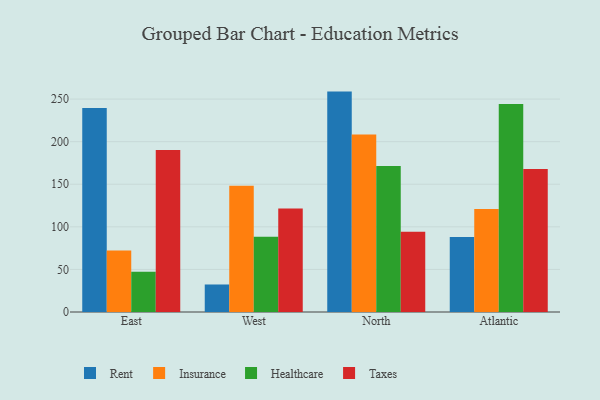
{"axis": {"x": "Region", "y": "Operating Costs (USD K)"}, "legend": ["Healthcare", "Insurance", "Rent", "Taxes"], "data": [{"x": "East", "y": 239.5, "type": "Rent"}, {"x": "East", "y": 72.3, "type": "Insurance"}, {"x": "East", "y": 47.4, "type": "Healthcare"}, {"x": "East", "y": 190.1, "type": "Taxes"}, {"x": "West", "y": 32.3, "type": "Rent"}, {"x": "West", "y": 148.1, "type": "Insurance"}, {"x": "West", "y": 88.5, "type": "Healthcare"}, {"x": "West", "y": 121.6, "type": "Taxes"}, {"x": "North", "y": 258.8, "type": "Rent"}, {"x": "North", "y": 208.5, "type": "Insurance"}, {"x": "North", "y": 171.4, "type": "Healthcare"}, {"x": "North", "y": 94.3, "type": "Taxes"}, {"x": "Atlantic", "y": 88.2, "type": "Rent"}, {"x": "Atlantic", "y": 120.8, "type": "Insurance"}, {"x": "Atlantic", "y": 244.3, "type": "Healthcare"}, {"x": "Atlantic", "y": 167.8, "type": "Taxes"}]}